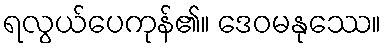
ရလွယ်ပေကုန်၏။ ဒေဝမနုဿေ။